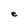
Character: e